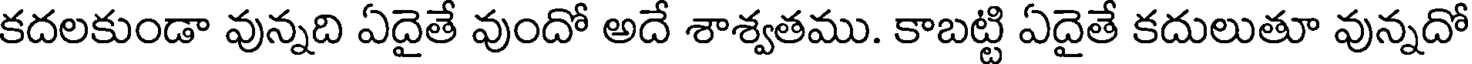
కదలకుండా వున్నది ఏదైతే వుందో అదే శాశ్వతము. కాబట్టి ఏదైతే కదులుతూ వున్నదో